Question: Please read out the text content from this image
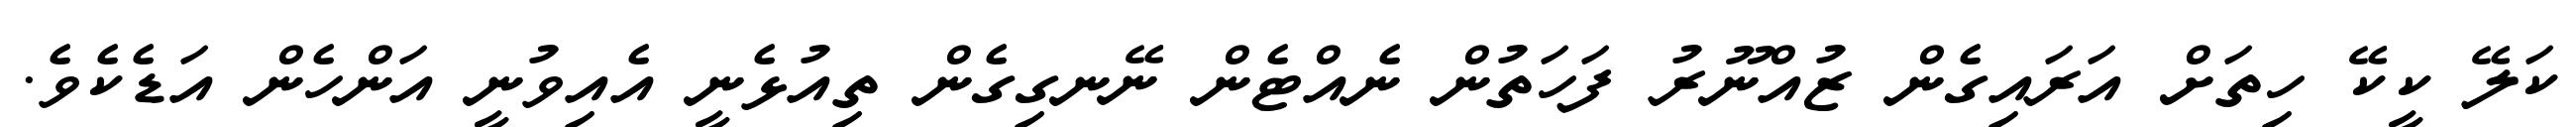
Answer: ކަލޭ ކީކޭ ހިތަށް އަރައިގެން ޒުއްނޫރު ފަހަތުން ނެއްޓެން ނޭނގިގެން ތިއުޅެނީ އެއިވުނީ އަންހެން އަޑެކެވެ.